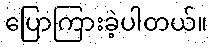
ပြောကြားခဲ့ပါတယ်။